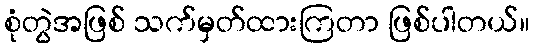
စုံတွဲအဖြစ် သက်မှတ်ထားကြတာ ဖြစ်ပါတယ်။